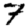
Digit: 7